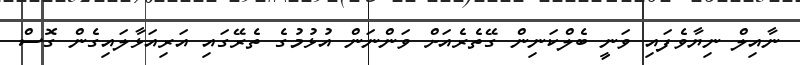
ނާއިލް ނިޔާވެފައި ވަނީ ބެލްކަނިން ގޭތެރެއަށް ވަންނަން އުޅުމުގެ ތެރޭގައި އަރިއަޅާލައިގެން ގޮސް